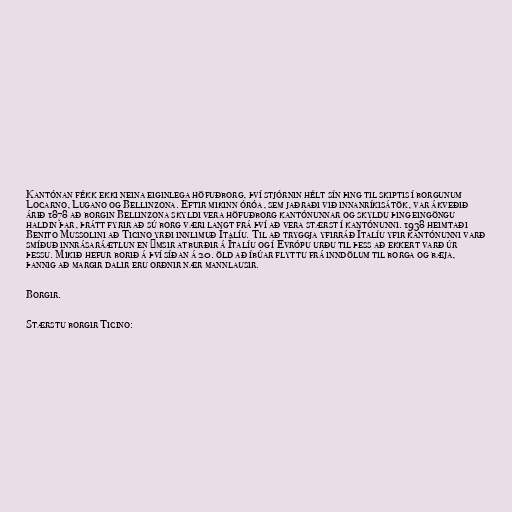
Kantónan fékk ekki neina eiginlega höfuðborg, því stjórnin hélt sín þing til skiptis í borgunum
Locarno, Lugano og Bellinzona. Eftir mikinn óróa, sem jaðraði við innanríkisátök, var ákveðið
árið 1878 að borgin Bellinzona skyldi vera höfuðborg kantónunnar og skyldu þing eingöngu
haldin þar, þrátt fyrir að sú borg væri langt frá því að vera stærst í kantónunni. 1938 heimtaði
Benito Mussolini að Ticino yrði innlimuð Ítalíu. Til að tryggja yfirráð Ítalíu yfir kantónunni varð
smíðuð innrásaráætlun en ýmsir atburðir á Ítalíu og í Evrópu urðu til þess að ekkert varð úr
þessu. Mikið hefur borið á því síðan á 20. öld að íbúar flyttu frá inndölum til borga og bæja,
þannig að margir dalir eru orðnir nær mannlausir.

Borgir.

Stærstu borgir Ticino: